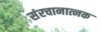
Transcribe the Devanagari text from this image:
संरचानात्नक